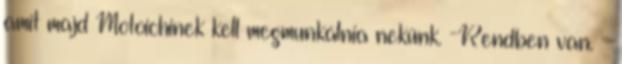
amit majd Motoichinek kell megmunkálnia nekünk. -Rendben van. -